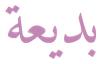
بديعة